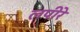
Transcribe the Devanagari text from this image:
लपीरे